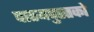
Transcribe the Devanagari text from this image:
पाठयपुस्तको